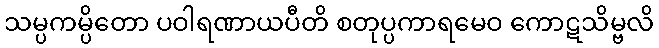
သမ္ပကမ္ပိတော ပဝါရဏာယပီတိ စတုပ္ပကာရမေဝ ကောဋသိမ္ဗလိ